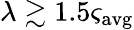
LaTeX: \lambda\gtrsim 1.5\varsigma_{\mathrm{avg}}